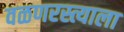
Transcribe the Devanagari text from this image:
वळणरस्त्याला